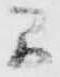
間